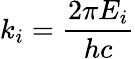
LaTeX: k_{i}=\frac{2\pi E_{i}}{hc}